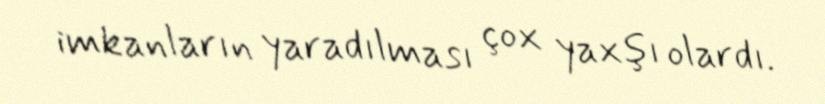
imkanların yaradılması çox yaxşı olardı.